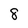
Character: 8